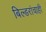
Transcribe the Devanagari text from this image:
बिल्डरांचाही